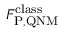
F _ { \mathrm { P , Q N M } } ^ { \mathrm { c l a s s } }